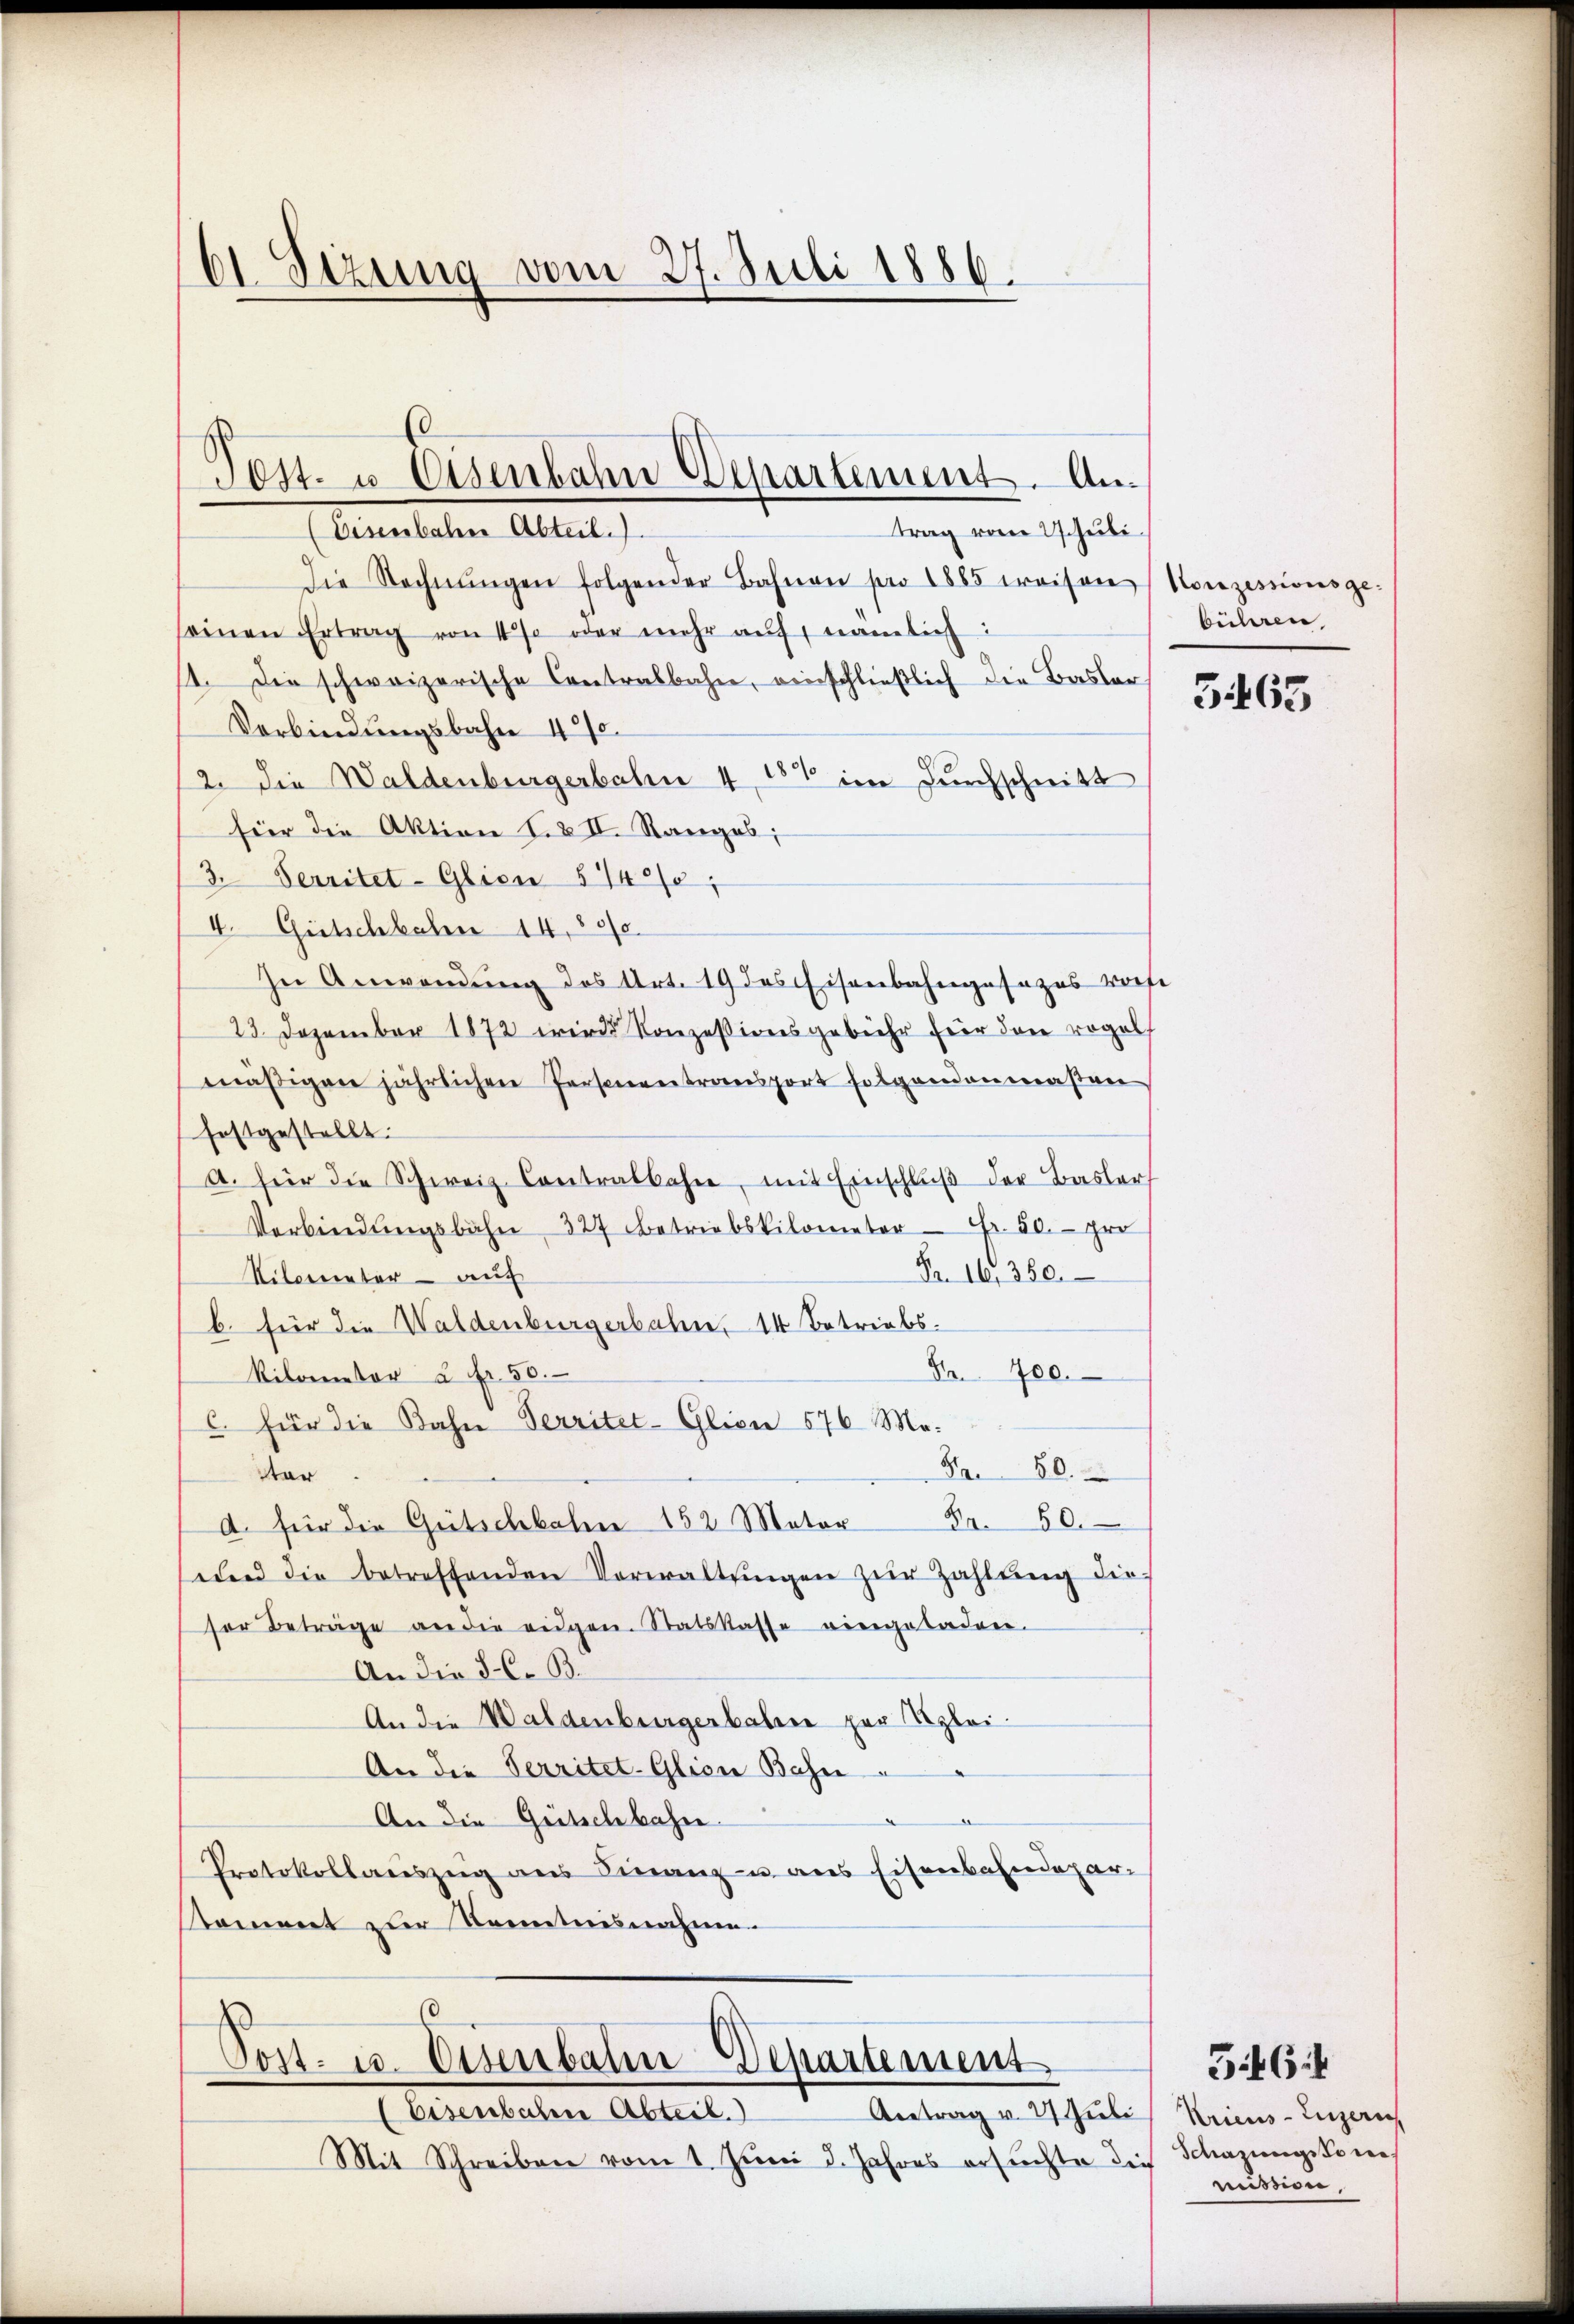
61. Sizung vom 27. Juli 1886.

(Eisenbahn Abteil.
trag von Schuli.
Die Rechnŭngen folgender Bahnen pro 1885 weisen
seinen Ertrag von 1% oder mehr aŭf nämlich
11. Die schweizerische Contralbahn, einschließlich die Basler
Verbindungsbahn 470.
12. die Waldenburgerbahn 4, 151 im Durchschnitt
fier die Aktion f. II. Rangab;
3. Serritet-Glien § 142/2
4. Gütschleben 14,800.
In Anwendung des Art. 19 des Eisenbahngesezes vorh
23. Dezember 1872 wird Konzessionsgebühr für den regel
mäβigen jährlichen Personentransport folgendenmaßen
festgestellt.
A. für die Schweiz. Contralbahne, mit Einschlŭβ der Basler
Verbindŭngsbahn 327 betriebskilometer Fr. 50.- pro
Fr. 16, 350.
Riternetär - auf
b. für die Waldenburgerbahn, 14 betriebs
Nr. 700.
Rilometor 2 Fr. 50.
C. für die Bahn Territet-Glicn 576 Ma¬
Nr. 80.
tar
Fr. 50.
d. für die Gütschbahr 152 Mator
und die betreffenden Verwaltŭngen zur Zahlŭng die
sor Beträge an die eidgen. Statskasse eingeladen.
An die F. C. B
An die Waldenburgerbahn zur Klei¬
An die Territet-Glicn Bahn
.
An die Gütschbahn.
Protokollaŭszŭg ans Finanz- u. aus Eisenbahndepar-
tament zur Kenntnisnahme.

Post. u. Eisenbahn Departement. An¬

0
Post- u. Osenbahr Departement
Eisenbachene Abteil.
Antrag v. 21 Juli

Mit Schreiben vom 1. Juni d. Jahres ersuchte die

Konzessionsgebühren,

5465

Kriens-Luzern,
Schazungsfor
mission,

56:4